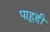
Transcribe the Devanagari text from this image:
पाहूही